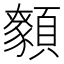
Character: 𩕑